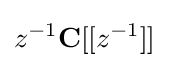
z^{-1}\mathbf {C} [[z^{-1}]]